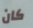
كان